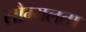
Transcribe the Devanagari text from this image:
सौम्‍यलता